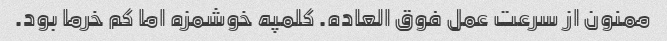
ممنون از سرعت عمل فوق العاده. کلمپه خوشمزه اما کم خرما بود.